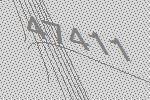
47411